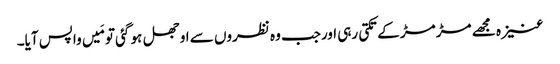
عنیزہ مجھے مڑ مڑ کے تکتی رہی اورجب وہ نظروں سے اوجھل ہو گئی تو مَیں واپس آیا۔